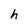
Character: h